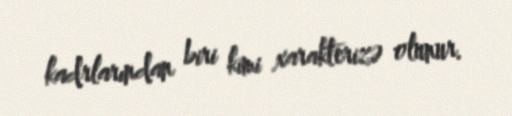
kadrlarından biri kimi xarakterizə olunur.